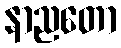
နာညတော